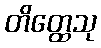
တိတ္ထေသု